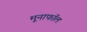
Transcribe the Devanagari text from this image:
मूनाफॉल